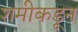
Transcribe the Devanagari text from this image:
शमीकडून